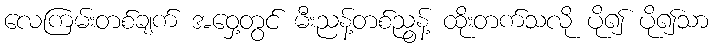
လေကြမ်းတစ်ချက် အဝှေ့တွင် မီးညန့်တစ်ညွန့် ထိုးတက်သလို ပို၍ ပို၍သာ